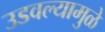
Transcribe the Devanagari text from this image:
उडवल्यामुळे